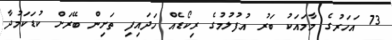
73 އަހަރުގެ މާމައަކު ބަރު އުފުލުމުގެ ރިކޯޑެއް ހަދައިފި ތަށިން ބޭރަށް ކުޑަކަމުދާ